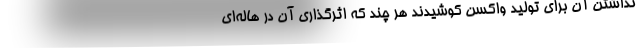
نداشتن آن برای تولید واکسن کوشیدند هر چند که اثر‌گذاری آن در هاله‌ای